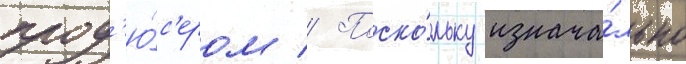
прод'ю́с'ером // Поско́льку изнача́льно